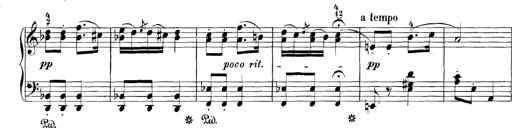
Title: 3 Sonatinas
Composer: Carl Reinecke